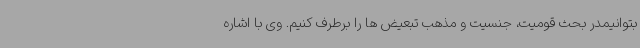
بتوانیمدر بحث قومیت، جنسیت و مذهب تبعیض ها را برطرف کنیم. وی با اشاره